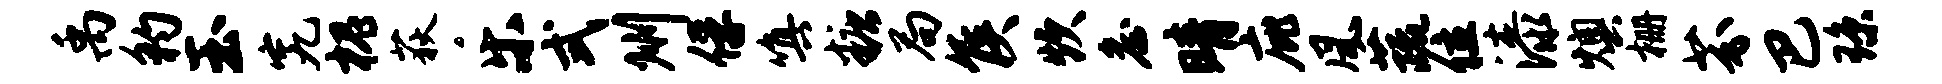
禹豹玉究槐荻乐式州俘嗔糖局侯炊詹晴庇风蔬位漆燠栅芬巴琼